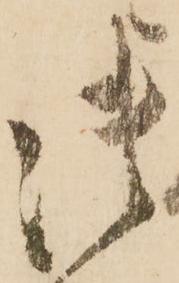
御